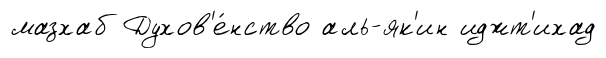
мазхаб Духов'е́нство аль-як'ин иджт'ихад